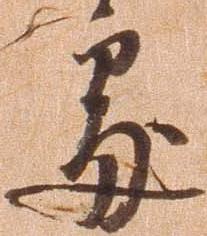
処